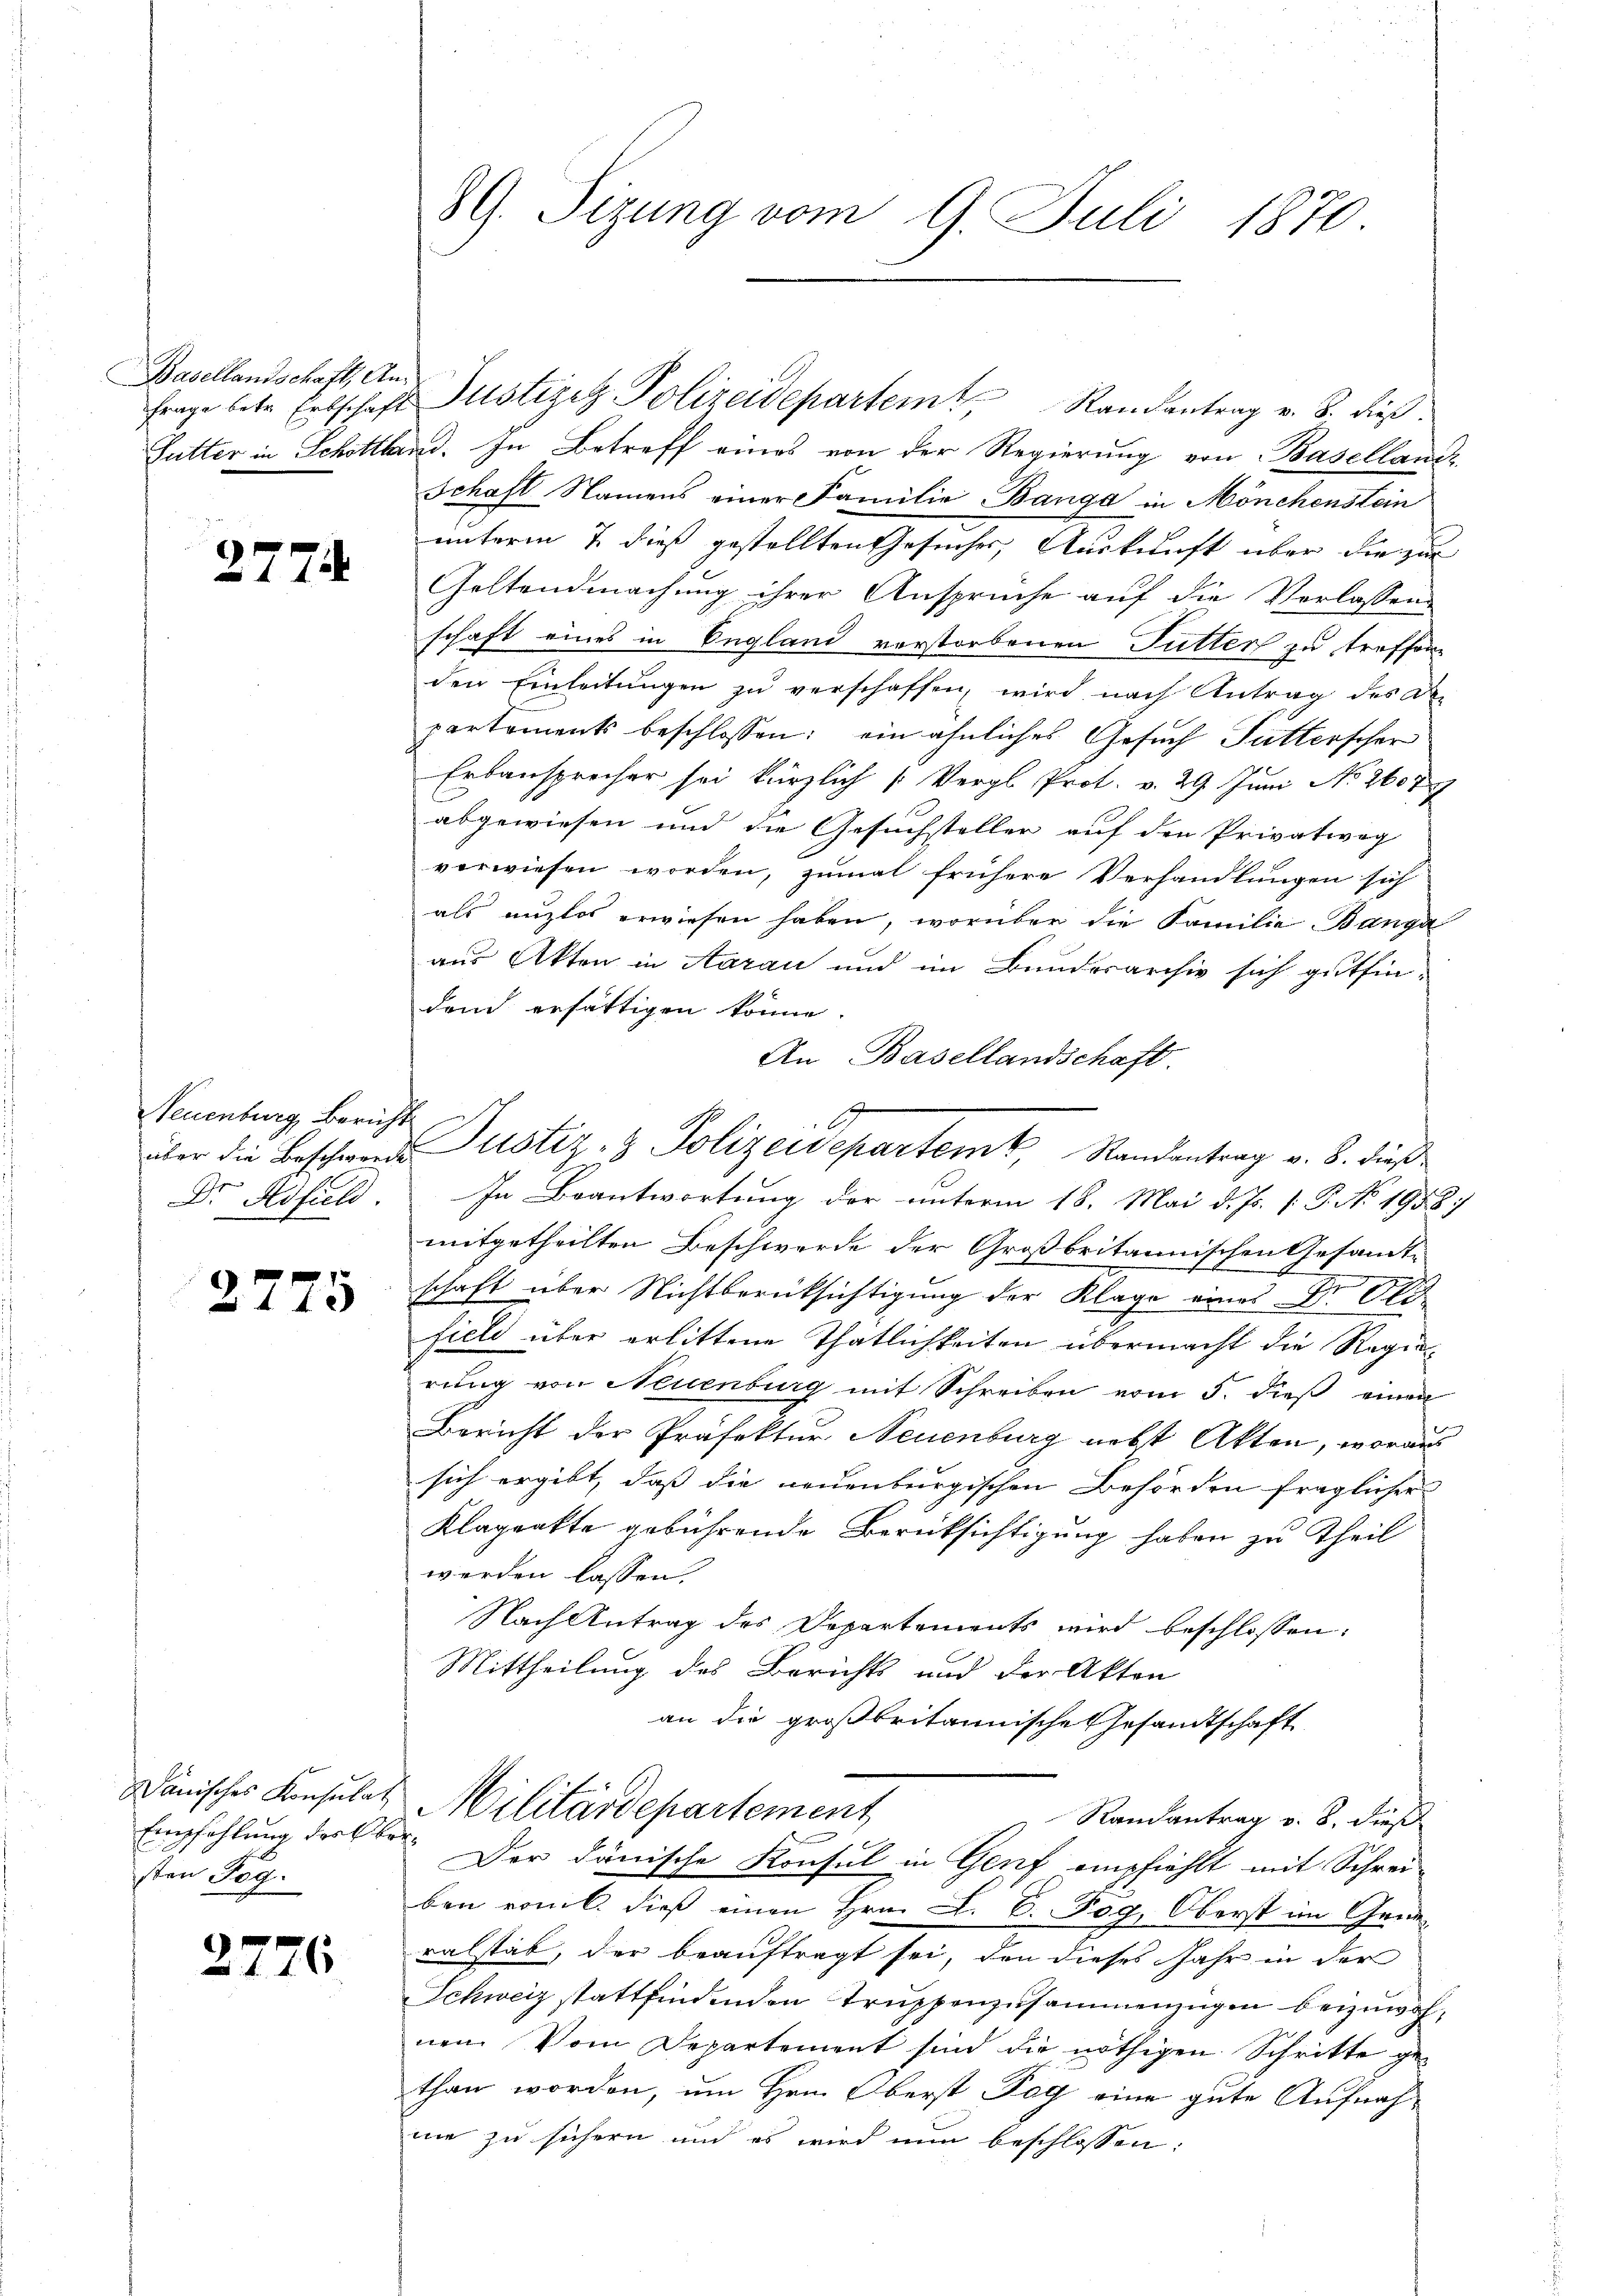
Basellandschaft, An¬

7

Neuenburg, Bericht
Dr Rofield

2775

Dänisches Konsulat
Empfehlung dester
sten Tog.

2776

89. Sizung vom 9. Juli 1870.

Futter in Schottland. In Betreff eines von der Regierung von Basellande
Schaft Namens einer Familie Banga in Mönchenstein
unterm 7. dieß gestellten Gesucher, Auskunft über die zur
Geltendmachung ihrer Ansprüche auf die Vorlassend
schaft eines in England verstorbenen Futters zu treffene
den Einleitungen zu verschaffen, wird nach Antrag des D
partements beschlossen: ein ähnliches Gesuch Futterscher
Erbansprecher sei kürzlich /: Vergl. Prot. v. 29 Juni No 2607
abgewiesen und die Gesuchsteller auf den Privatweg
verwiesen worden, zumal frühere Verhandlungen sich
als anzlos erwiesen haben, worüber die Familie Banga
aus Akten in Aarau und im Bunderarchiv sich gutfin-
den ersättigen könne.
An Basellandschaft.
In Beantwortung der unterm 18. Mai d. Js. f. P. No 1958
mitgetheilten Beschwerde der Großbritannischen Gesandtschaft über Nichtberücksichtigung der Klage eines Dr. Old
fiel über erlittene Thatlichkeiten übermacht die Regierung von Neuenburg mit Schreiben vom 5. dieß einen
Bericht der Präfektur Neuenburg nebst Akten, woraus
sich ergibt, daß die neuenburgischen Behörden fraglicher
Klagenkte gebührende Berüksichtigung haben zu Theil
werden lassen.
Nach Antrag des Departements wird beschlossen:
Mittheilung des Berichts und der Akten
an die großbritannische Gesandtschaft
Militärdepartement
Randantrag v. 8. dies
Der dänische Konsul in Genf empfiehlt mit Schrei-
ben vom 6. dieß einen Hrn. L. C. Fog, Oberst im Generalstab, der beauftragt sei, den dieses Jahr in der
Schweiz stattfindenden Truppenzusammenzügen beizuwohnen Vom Departement sind die nöthigen Schritte ge-
than worden, um Hrn. Oberst Tag eine gute Aufnahmie zu sichern und es wird nun beschlossen:

frage betr. Erbschaft Justiger Polizeidepartem Randantrag v. 8. dieß¬

e
A
über die Beschwerde Justiz- & Polizeidepartem Randantrag v. 8. dieß